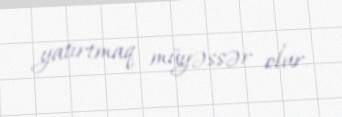
yatırtmaq müyəssər olur.